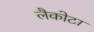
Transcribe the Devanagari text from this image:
लैकोटा